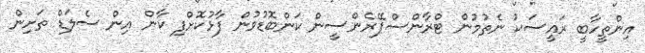
އިންތީހާބީ ރައީސަކު ނެތުމުން ޓްރާންސްޕޭރެންސީން ކަންބޮޑުވުން ފާޅުކޮށްފި ކާން އިން ސެލަޑް ތަށިން